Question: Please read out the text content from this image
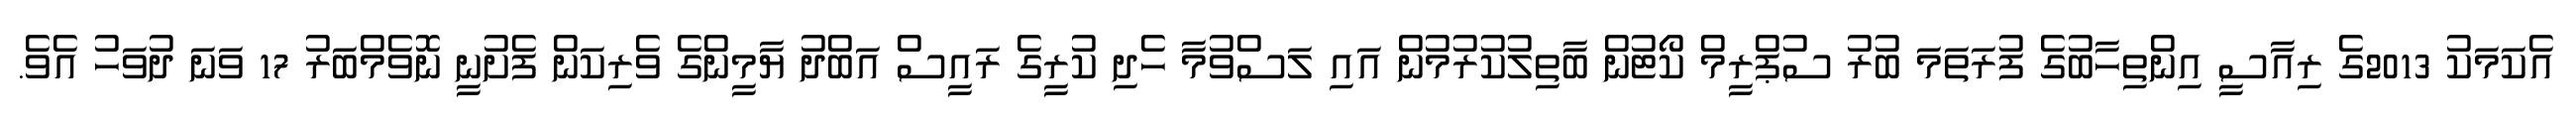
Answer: އެކަމަކު 2013ގެ ރިއާސީ އިންތިހާބުގެ ފުރަތަމަ ބުރު ސުޕްރީމް ކޯޓުން ބާތިލުކުރުމުން އައި ލަސްވުމާ ހެދި ކުރީގެ ރައީސް އަބްދު ޔާމީންގެ ވެރިކަން ފެށުނީ ނޮވެމްބަރު 17 ވަނަ ދުވަހު އެވެ.